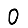
Digit: 0